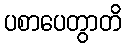
ပစာပေတွာတိ